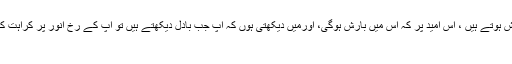
لوگ جب بادل دیکھتے ہیں تو خوش ہوتے ہیں ، اس امید پر کہ اس میں بارش ہوگی، اورمیں دیکھتی ہوں کہ آپ جب بادل دیکھتے ہیں تو آپ کے رخ انور پر کراہت کے آثار نظر آتے ہیں ، آپ فرمایا :
اے عائشہ !